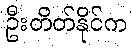
ဦးတိတ်နိုင်က